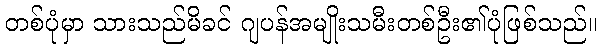
တစ်ပုံမှာ သားသည်မိခင် ဂျပန်အမျိုးသမီးတစ်ဦး၏ပုံဖြစ်သည်။